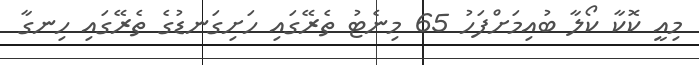
މިއީ ކޮކާ ކޯލާ ބުއިމަށްފަހު 65 މިނެޓު ތެރޭގައި ހަށިގަނޑުގެ ތެރޭގައި ހިނގާ